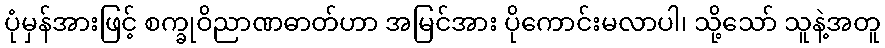
ပုံမှန်အားဖြင့် စက္ခုဝိညာဏဓာတ်ဟာ အမြင်အား ပိုကောင်းမလာပါ၊ သို့သော် သူနဲ့အတူ